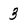
Character: 3